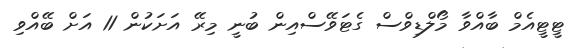
ޓީޓީއެމް ބާއްވާ މޯލްޑިވްސް ގެޓަވޭސްއިން ބުނީ މިރޭ އަށަކުން 11 އަށް ބޭއްވި